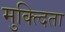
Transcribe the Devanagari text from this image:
मुक्त्दिता